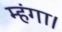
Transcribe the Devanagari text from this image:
म्हंगा।